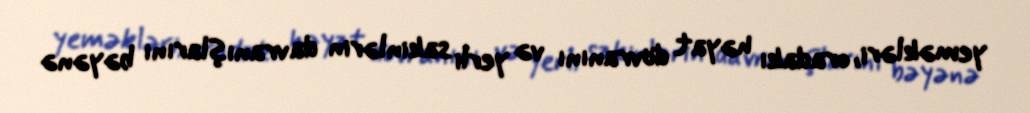
yeməkləri, oradakı həyat dövranını və yerli sakinlərin davranışlarını bəyənə